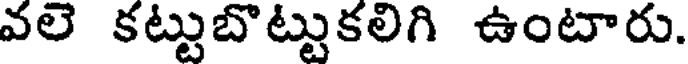
వలె కట్టుబొట్టుకలిగి ఉంటారు.